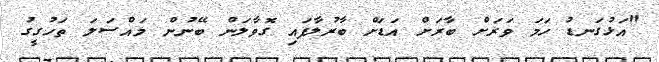
"އަޅުގަނޑު ހަމަ ވަރަށް ބާރަށް އަޑަށް ބާރުލާފައި ގޮވާލަން ބޭނުން މައްސަލަ ތަހުގީގު